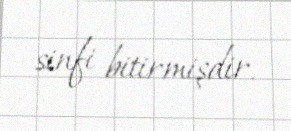
sinfi bitirmişdir.